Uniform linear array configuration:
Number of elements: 64
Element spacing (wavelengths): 0.5
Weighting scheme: hamming
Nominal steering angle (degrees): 0
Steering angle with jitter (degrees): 0.5161
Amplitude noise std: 0.05
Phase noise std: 0.05

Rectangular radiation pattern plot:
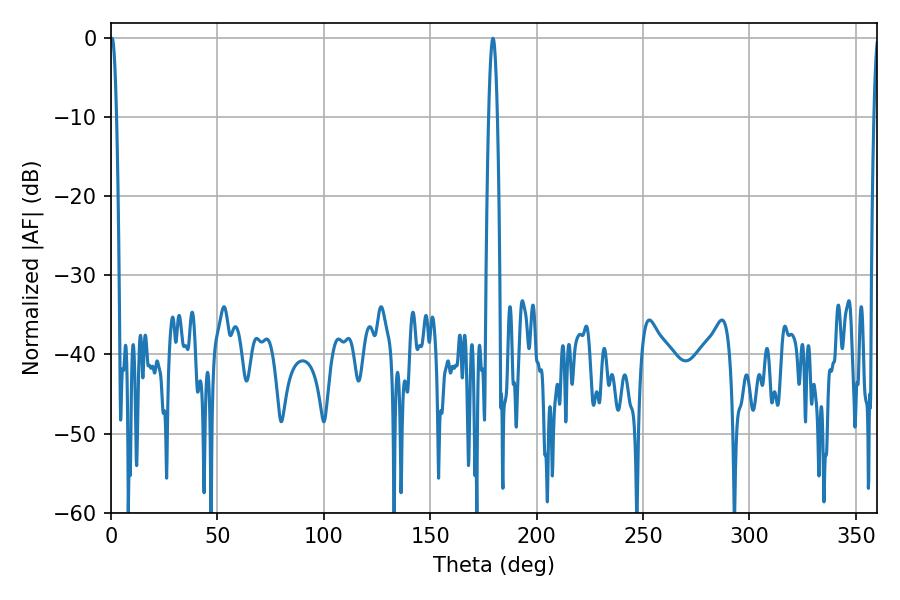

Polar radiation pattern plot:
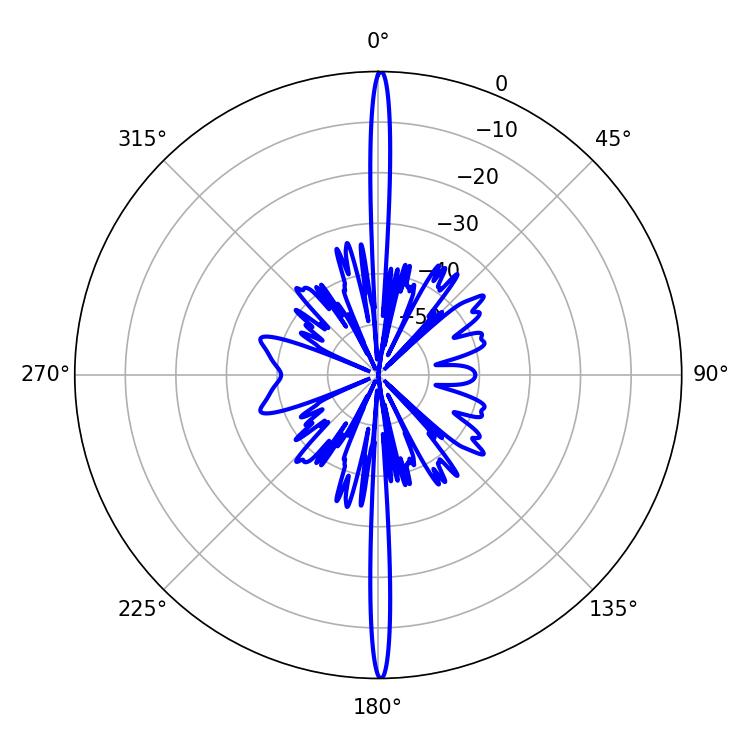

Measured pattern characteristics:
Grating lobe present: FALSE
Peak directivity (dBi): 33.934
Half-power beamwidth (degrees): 1.62
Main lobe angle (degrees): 0.54